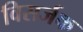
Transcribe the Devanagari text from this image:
विसर्जक